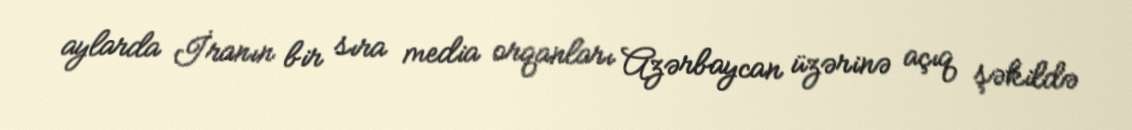
aylarda İranın bir sıra media orqanları Azərbaycan üzərinə açıq şəkildə